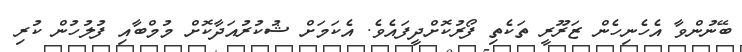
ބޭނުންވާ އެހެނިހެން ޒަރޫރީ ތަކެތި ފޯރުކޮށްދީފައެވެ. އެކަމަށް ޝުކުރުއަދާކޮށް މުމްބާއި ފުލުހުން ކުރި